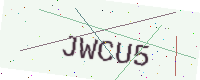
Text: JWCU5